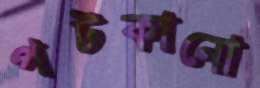
পটকানো